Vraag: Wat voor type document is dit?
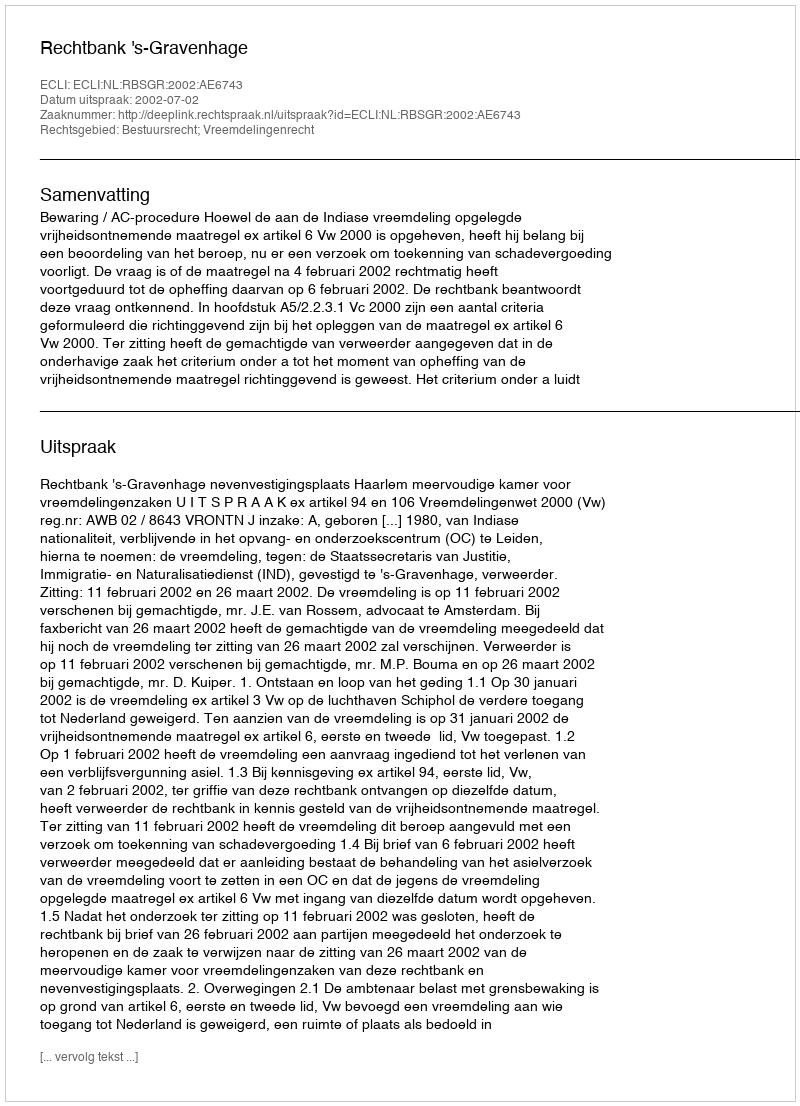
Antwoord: Uitspraak